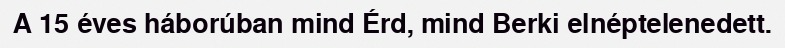
A 15 éves háborúban mind Érd, mind Berki elnéptelenedett.